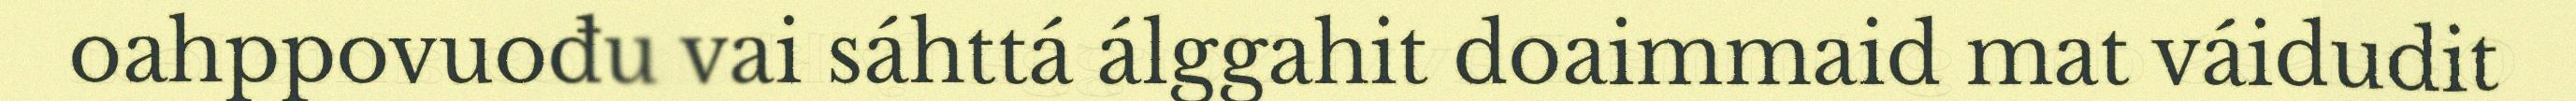
oahppovuođu vai sáhttá álggahit doaimmaid mat váidudit